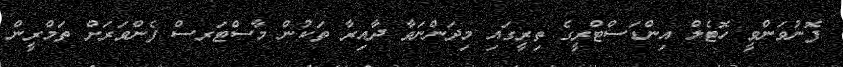
ފޮނުވަންވީ ހޮޓެލް އިންޑަސްޓްރީގެ ތިރީގައި މިދަންނަވާ ދާއިރާ ތަކުން މާސްޓަރސް ފެންވަރަށް ތަމްރީން